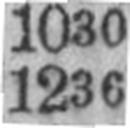
1236